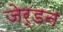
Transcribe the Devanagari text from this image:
जेर्डन